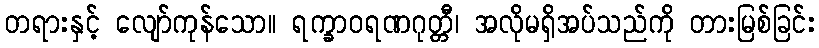
တရားနှင့် လျော်ကုန်သော။ ရက္ခာဝရဏဂုတ္တီ၊ အလိုမရှိအပ်သည်ကို တားမြစ်ခြင်း